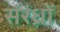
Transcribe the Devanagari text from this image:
संरंध्रों